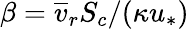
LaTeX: \beta=\overline{{v}}_{r}S_{c}/(\kappa u_{*})